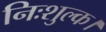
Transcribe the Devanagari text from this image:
निःशुल्क।